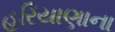
હરિયાણાના